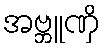
အဗ္ဘူဏှိ